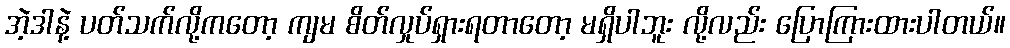
အဲ့ဒါနဲ့ ပတ်သက်လို့ကတော့ ကျမ စိတ်လှုပ်ရှားရတာတော့ မရှိပါဘူး လို့လည်း ပြောကြားထားပါတယ်။